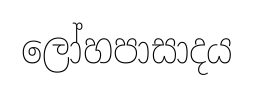
ලෝහපාසාදය